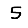
Digit: 5